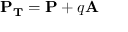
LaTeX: \mathbf { P _ { T } } = \mathbf { P } + q \mathbf { A }